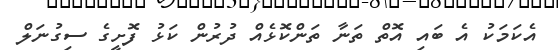
އެކަމަކު އެ ބައި އޮތް ތަނާ ތަންކޮޅެއް ދުރުން ކަޅު ފޮށީގެ ސިގުނަލް